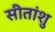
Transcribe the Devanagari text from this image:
सीतांशु